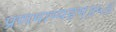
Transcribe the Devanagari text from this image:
प्रणमाम्यहम्॥५॥